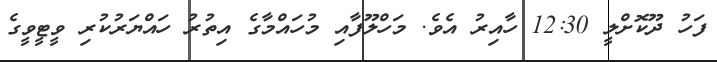
ފަހު ދޫކޮށްލީ 12:30 ހާއިރު އެވެ. މަހްލޫފާއި މުހައްމާގެ އިތުރު ހައްޔަރުކުރި ވީޓީވީގެ